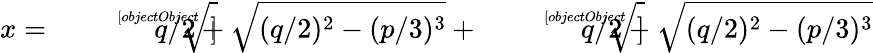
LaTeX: x={\sqrt[[objectObject]]{q/2+{\sqrt{(q/2)^{2}-(p/3)^{3}}}}}+{\sqrt[[objectObject]]{q/2-{\sqrt{(q/2)^{2}-(p/3)^{3}}}}}